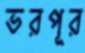
ভরপূর